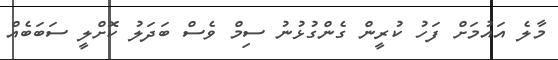
މާލެ އައުމަށް ފަހު ކުރީން ގެންގުޅުނު ސިމް ވެސް ބަދަލު ކޮށްލީ ސަބަބެއް